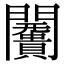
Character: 𮤩